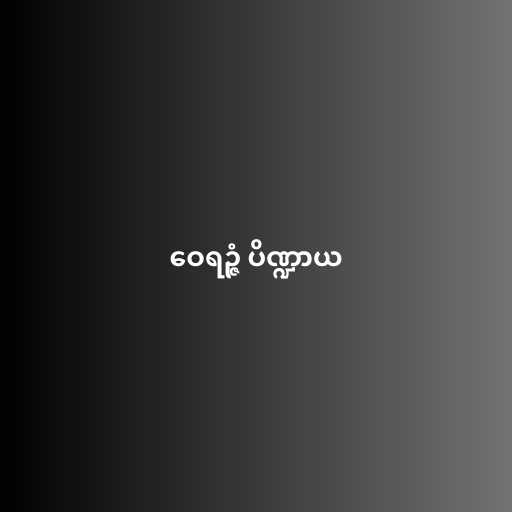
ဝေရဉ္ဇံ ပိဏ္ဍာယ